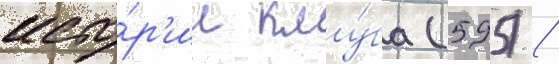
исто́р'ии клу́ба (595) /